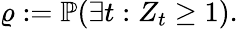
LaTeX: \varrho:=\mathbb{P}(\exists t:Z_{t}\geq 1).